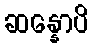
ဆန္နောပိ